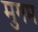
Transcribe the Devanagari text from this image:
मुगम